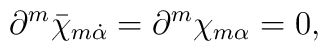
\partial^m \bar\chi_{m \dot\alpha} = \partial^m \chi_{m \alpha} = 0,